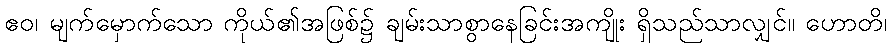
ဧဝ၊ မျက်မှောက်သော ကိုယ်၏အဖြစ်၌ ချမ်းသာစွာနေခြင်းအကျိုး ရှိသည်သာလျှင်။ ဟောတိ၊